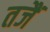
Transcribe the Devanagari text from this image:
तजैं